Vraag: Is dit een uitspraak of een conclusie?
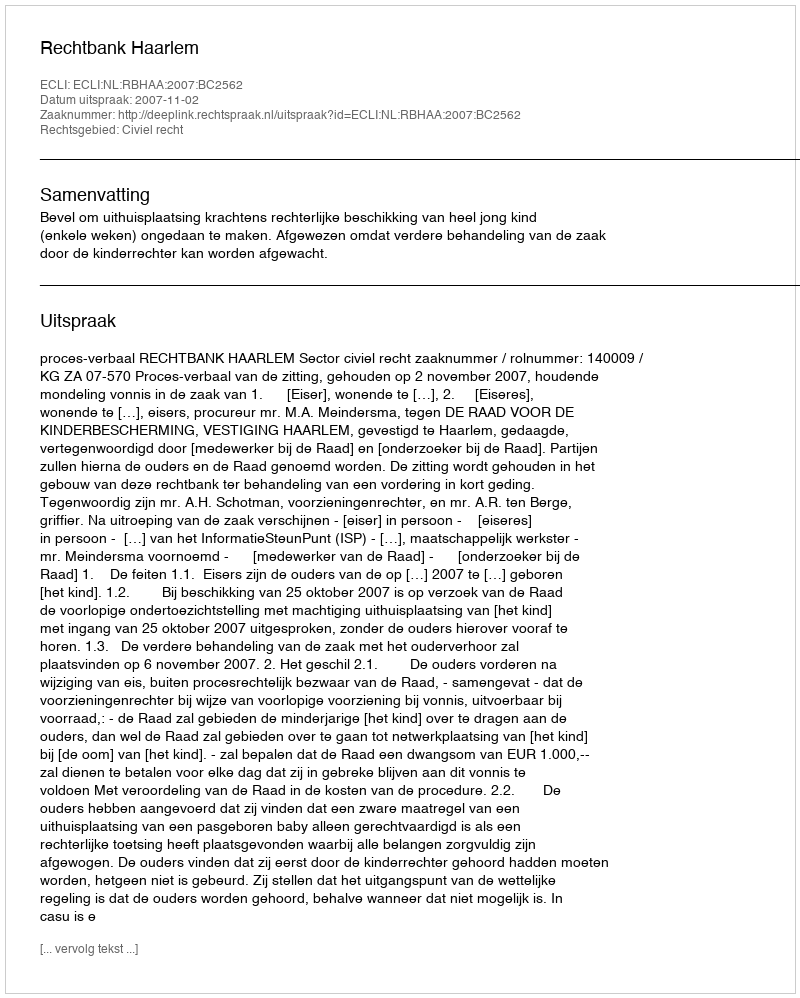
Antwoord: Uitspraak